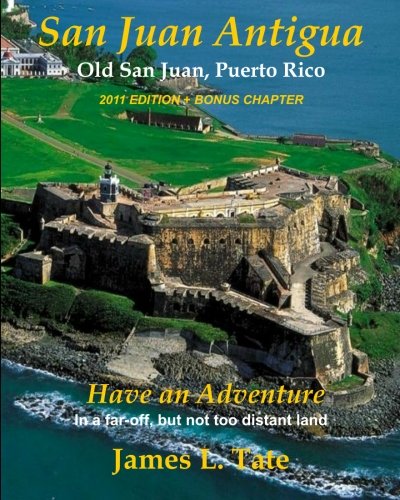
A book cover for San Juan Antigua Old San Juan, Puerto Rico 2011 EDITION + BONUS CHAPTER: Have an Adventure; Mr. James L. Tate; Travel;